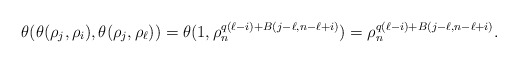
\begin{align*} \theta(\theta(\rho_{j}, \rho_{i}), \theta(\rho_{j}, \rho_{\ell}))&=\theta(1, \rho_n^{q(\ell-i)+B(j-\ell, n-\ell+i)})=\rho_n^{q(\ell-i)+B(j-\ell, n-\ell+i)}. \end{align*}